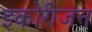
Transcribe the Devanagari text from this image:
इकोरीजन